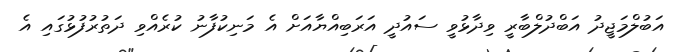
އަބުލްމަޖީދު އަބްދުލްބާރީ ވިދާޅުވީ ސައުދީ އަރަބިއްޔާއަށް އެ މަނިކުފާނު ކުރެއްވި ދަތުރުފުޅުގައި އެ